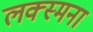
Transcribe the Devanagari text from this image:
लक्स्मना